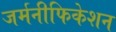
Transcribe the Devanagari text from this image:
जर्मनीफिकेशन